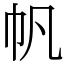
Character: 帆